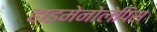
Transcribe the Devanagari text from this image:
हाइमेनोलेपिस